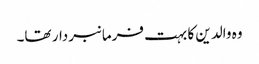
وہ والدین کا بہت فرمانبردار تھا۔